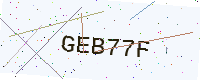
Text: GEB77F